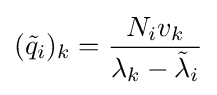
({\tilde {q}}_{i})_{k}={\frac {N_{i}v_{k}}{\lambda _{k}-{\tilde {\lambda }}_{i}}}